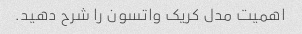
اهمیت مدل کریک واتسون را شرح دهید.